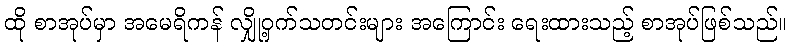
ထို စာအုပ်မှာ အမေရိကန် လျှို့ဝှက်သတင်းများ အကြောင်း ရေးထားသည့် စာအုပ်ဖြစ်သည်။